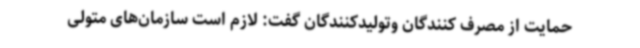
حمایت از مصرف کنندگان وتولیدکنندگان گفت: لازم است سازمان‌های متولی